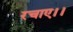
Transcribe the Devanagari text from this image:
रचाए।।